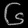
Digit: ၆